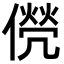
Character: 㒌